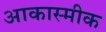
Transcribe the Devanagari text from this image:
आकास्मीक